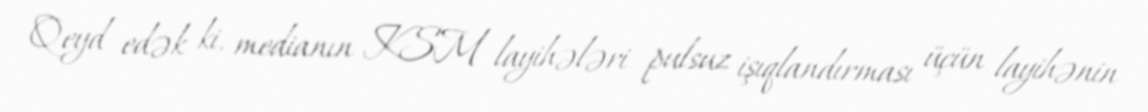
Qeyd edək ki, medianın KSM layihələri pulsuz işıqlandırması üçün layihənin